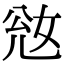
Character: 𡜎